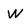
Character: W